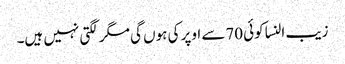
زیب النسا کوئی 70سے اوپر کی ہوں گی مگر لگتی نہیں ہیں۔